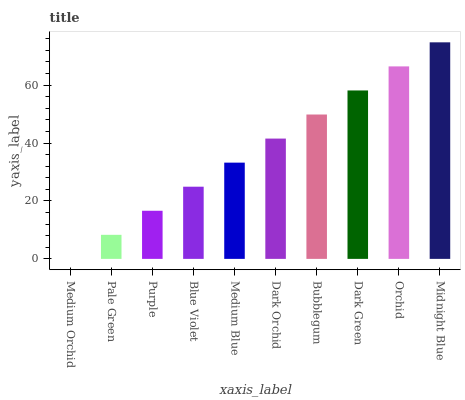
| xaxis_label | bars |
 | --- | --- |
 | Medium Orchid | 0 |
 | Pale Green | 8.31 |
 | Purple | 16.6 |
 | Blue Violet | 24.9 |
 | Medium Blue | 33.2 |
 | Dark Orchid | 41.5 |
 | Bubblegum | 49.9 |
 | Dark Green | 58.2 |
 | Orchid | 66.5 |
 | Midnight Blue | 74.8 |